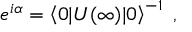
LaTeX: e ^ { i \alpha } = \left\langle 0 | U ( \infty ) | 0 \right\rangle ^ { - 1 } ~ ,